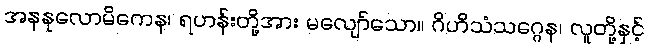
အနနုလောမိကေန၊ ရဟန်းတို့အား မလျော်သော။ ဂိဟိသံသဂ္ဂေန၊ လူတို့နှင့်